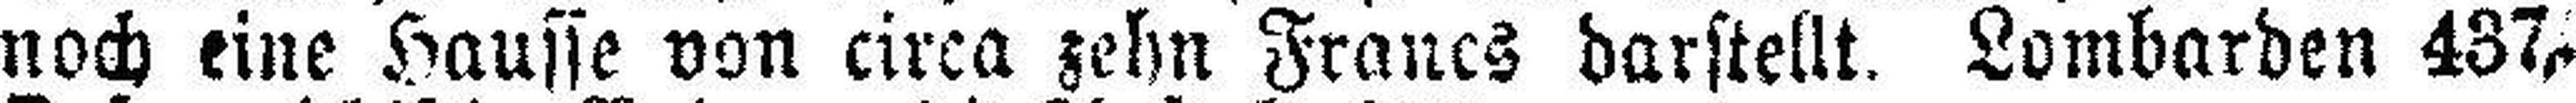
noch eine Hausse von circa zehn Francs darstellt. Lombarden 437,